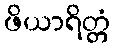
ဖိယာရိတ္တံ